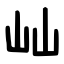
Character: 屾